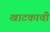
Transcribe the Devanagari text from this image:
खाटकाची